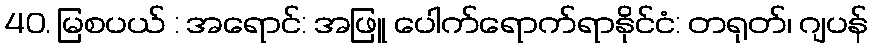
40. မြစပယ် : အရောင်: အဖြူ ပေါက်ရောက်ရာနိုင်ငံ: တရုတ်၊ ဂျပန်